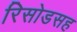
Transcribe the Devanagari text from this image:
रिसोडसह